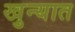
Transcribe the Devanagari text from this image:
खुन्यात